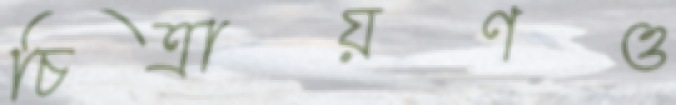
চিত্রায়ণও